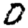
Digit: 0